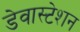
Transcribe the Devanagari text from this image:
डेवास्टेशन